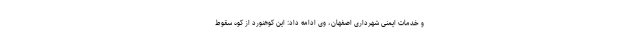
و خدمات ایمنی شهرداری اصفهان، وی ادامه داد: این کوهنورد از کوه سقوط